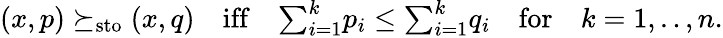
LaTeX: \begin{array}{r}{(x,p)\succeq_{\mathrm{sto}}(x,q)\quad\mathrm{iff}\quad{\sum}_{i=1}^{k}p_{i}\leq{\sum}_{i=1}^{k}q_{i}\quad\mathrm{for}\quad k=1,..,n.}\end{array}